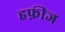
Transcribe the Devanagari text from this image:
हफ़ीज